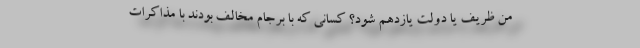
منِ ظریف یا دولت یازدهم شود؟ کسانی که با برجام مخالف بودند با مذاکرات